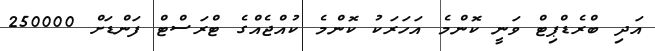
އަދި ބްރެޑްޕިޓް ވަނީ ކޮންމެ އަހަރަކު ކޮންމެ ކުއްޖެއްގެ ޓްރަސްޓް ފަންޑަށް 250000